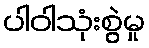
ပါဝါသုံးစွဲမှု